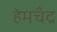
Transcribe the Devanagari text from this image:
हेमचँद्र